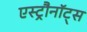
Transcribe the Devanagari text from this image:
एस्ट्रौनॉट्स